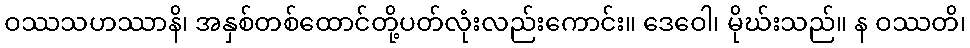
ဝဿသဟဿာနိ၊ အနှစ်တစ်ထောင်တို့ပတ်လုံးလည်းကောင်း။ ဒေဝေါ၊ မိုဃ်းသည်။ န ဝဿတိ၊